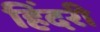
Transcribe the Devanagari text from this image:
हिंदरी